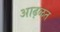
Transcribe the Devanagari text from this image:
आढ्ळत